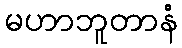
မဟာဘူတာနံ